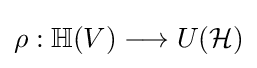
\rho :\mathbb {H} (V)\longrightarrow U({\mathcal {H}})